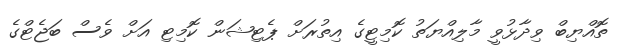
ތޮއްޔިބް ވިދާޅުވީ މާލިއްޔަތު ކޮމިޓީގެ އިތުރަށް ޕެޓިޝަން ކޮމިޓި އަށް ވެސް ބަޖެޓްގެ